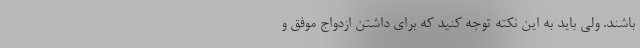
باشند. ولی باید به این نکته توجه کنید که برای داشتن ازدواج موفق و